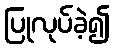
ပြုလုပ်ခဲ့၍